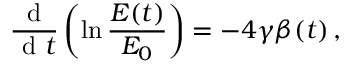
\frac { \textrm { d } } { \textrm { d } t } \left( \ln \frac { E ( t ) } { E _ { 0 } } \right) = - 4 \gamma \beta ( t ) \, ,